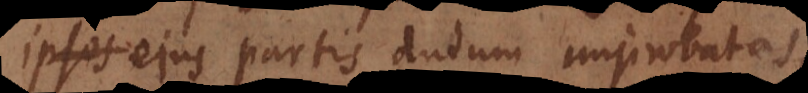
ipsos ejus partis dudum improbatas,